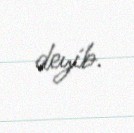
deyib.